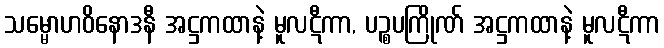
သမ္မောဟဝိနောဒနီ အဋ္ဌကထာနဲ့ မူလဋီကာ, ပဉ္စပကြိုဏ် အဋ္ဌကထာနဲ့ မူလဋီကာ